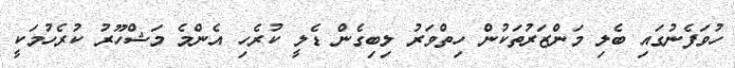
ހުވަފެނުގައި ބެލި މަންޒަރުތަކުން ހިތްވަރު ލިބިގެން ޑެލީ ކުރެހި އެންމެ މަޝްހޫރު ކުރެހުމަކީ